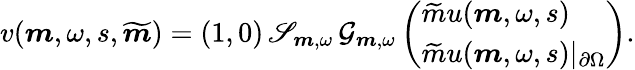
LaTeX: \begin{array}{r}{v(\boldsymbol{m},\omega,s,\widetilde{\boldsymbol{m}})=(1,0)\, \mathscr{S}_{\boldsymbol{m},\omega}\, \mathcal{G}_{\boldsymbol{m},\omega}\left(\begin{array}{l}{\widetilde{m}u(\boldsymbol{m},\omega,s)}\\ {\widetilde{m}u(\boldsymbol{m},\omega,s)\vert_{\partial\Omega}}\end{array}\right).}\end{array}